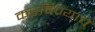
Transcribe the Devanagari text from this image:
करविण्याचे